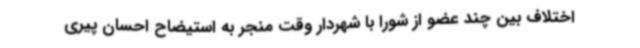
اختلاف بین چند عضو از شورا با شهردار وقت منجر به استیضاح احسان پیری